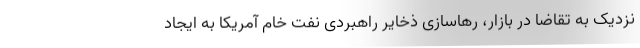
نزدیک به تقاضا در بازار، رهاسازی ذخایر راهبردی نفت خام آمریکا به ایجاد